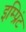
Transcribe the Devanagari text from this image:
इम्‍प्रिंट